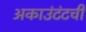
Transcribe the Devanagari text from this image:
अकाउंटंटची